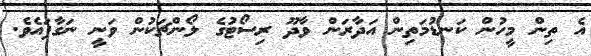
އެ ތިން މީހުން ކަނޑުމަތިން އަދާރަން ވާދޫ ރިސޯޓުގެ ލޯންޗަކުން ވަނީ ނަގާފައެވެ.